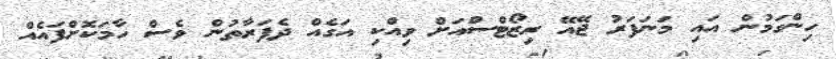
ހިންގަމުން އައި މަނަފަރު ޖޭއޭ ރިޒޯޓްސްއަށް ވިއްކި އަގެއް ދެފަރާތުން ވެސް ހާމަކޮށްފައެއް